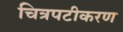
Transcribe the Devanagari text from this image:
चित्रपटीकरण